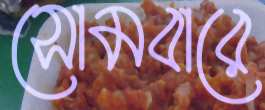
সোমবারে